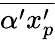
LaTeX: \overline{{\alpha^{\prime}x_{p}^{\prime}}}